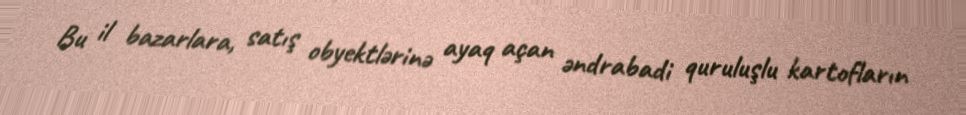
Bu il bazarlara, satış obyektlərinə ayaq açan əndrabadi quruluşlu kartofların